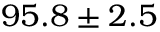
9 5 . 8 \pm 2 . 5